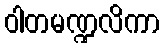
ဝါတမဏ္ဍလိကာ